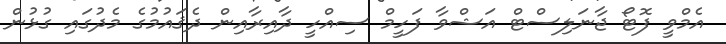
އެމްވީ ފޮޓޯ ޖާނަލިސްޓް އަޝްވާ ފަހީމް ސިއްހީ ދާއިރާއިން ދެޤައުމުގެ މެދުގައި ގުޅުން